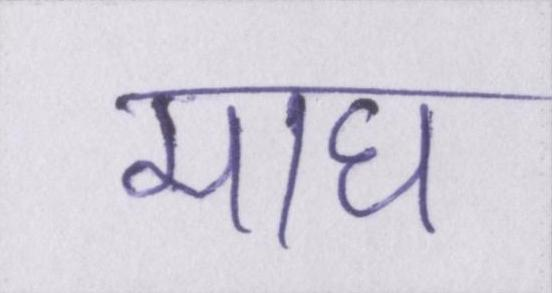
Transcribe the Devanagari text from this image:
माघ